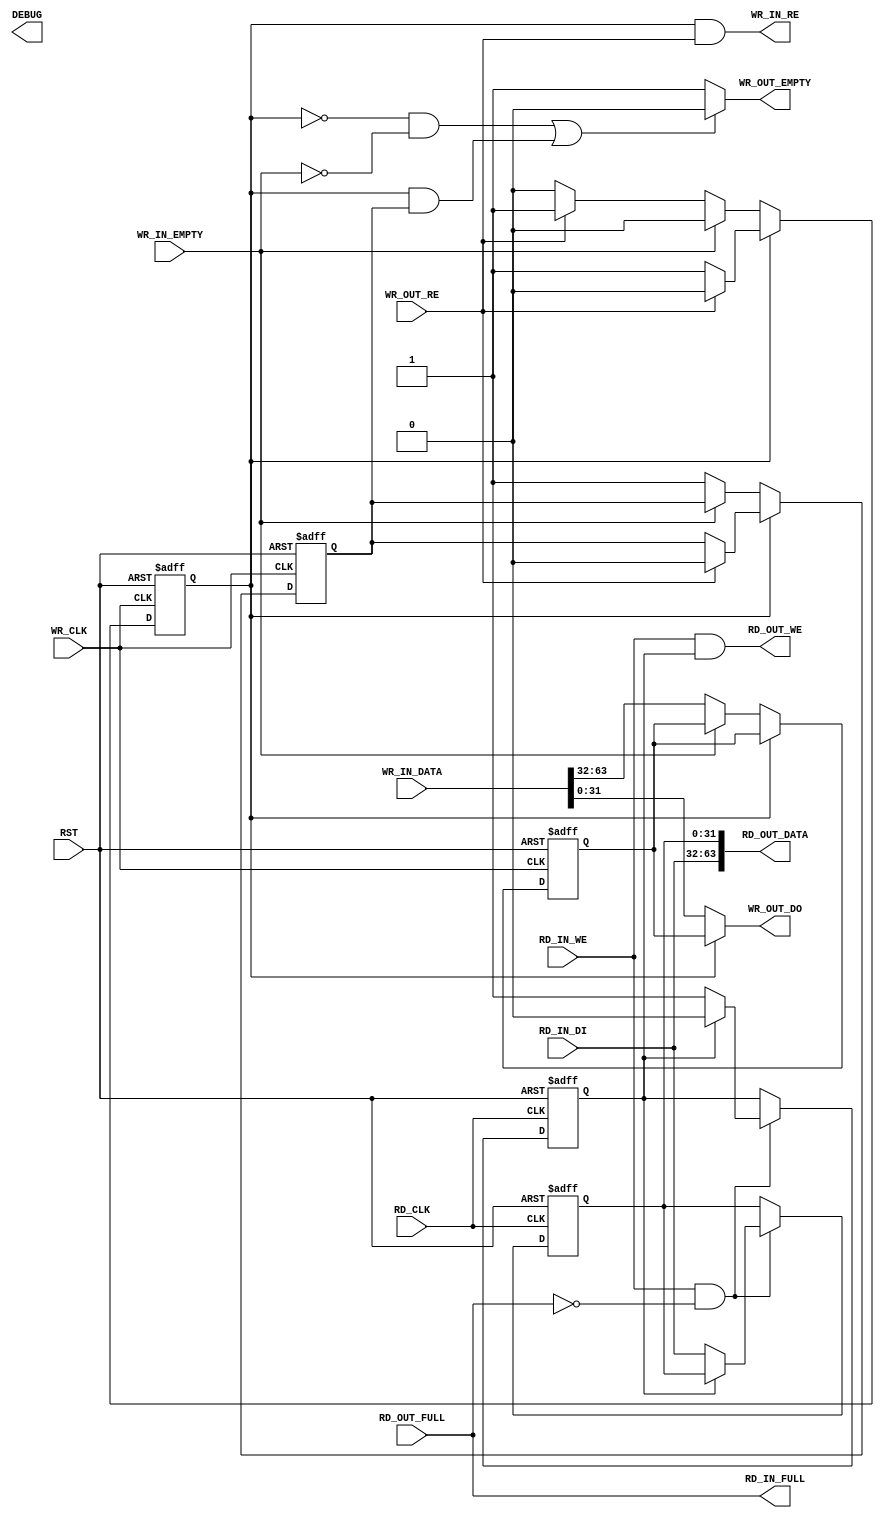
/*
 * Copyright (C)2014-2015 AQUAXIS TECHNOLOGY.
 *  Don't remove this header. 
 * When you use this source, there is a need to inherit this header.
 *
 * License
 *  For no commercial -
 *   License:     The Open Software License 3.0
 *   License URI: http://www.opensource.org/licenses/OSL-3.0
 *
 *  For commmercial -
 *   License:     AQUAXIS License 1.0
 *   License URI: http://www.aquaxis.com/licenses
 *
 * For further information please contact.
 *	URI:    http://www.aquaxis.com/
 */
module aq_fifo6432(
  input RST,

  input WR_CLK,
  input WR_IN_EMPTY,
  output WR_IN_RE,
  input [63:0] WR_IN_DATA,
  input WR_OUT_RE,
  output [31:0] WR_OUT_DO,
  output WR_OUT_EMPTY,
  
  input RD_CLK,
  input RD_OUT_FULL,
  output RD_OUT_WE,
  output [63:0] RD_OUT_DATA,
  input RD_IN_WE,
  input [31:0] RD_IN_DI,
  output RD_IN_FULL,

  output [31:0] DEBUG
);

reg [31:0] wr_buf;
reg wr_state, wr_ena;

// FIFO 64bit -> 32bit
always @(posedge WR_CLK or posedge RST) begin
  if(RST) begin
    wr_buf[31:0] <= 32'd0;
    wr_state <= 1'b0;
    wr_ena <= 1'b0;
  end else begin
    if(!wr_state) begin
      if(!WR_IN_EMPTY) begin
        wr_buf[31:0] <= WR_IN_DATA[63:32];
        wr_ena <= 1'b1;
        if(WR_OUT_RE) begin
          wr_state <= 1'b1;
        end
      end
    end else begin
      if(WR_OUT_RE) begin
        wr_state <= 1'b0;
        wr_ena <= 1'b0;
      end
    end
  end
end

assign WR_OUT_EMPTY = ((!wr_state & !WR_IN_EMPTY) | (wr_state & wr_ena))?1'b0:1'b1;
assign WR_OUT_DO[31:0] = (!wr_state)?WR_IN_DATA[31:0]:wr_buf[31:0];
assign WR_IN_RE = wr_state & WR_OUT_RE;

reg [31:0] rd_buf;
reg rd_ena;

// fifo 32bit -> 64bit
always @(posedge RD_CLK or posedge RST) begin
  if(RST) begin
    rd_buf[31:0] <= 32'd0;
    rd_ena <= 1'b0;
  end else begin
    if(RD_IN_WE & !RD_OUT_FULL) begin
      if(!rd_ena) begin
        rd_buf[31:0] <= RD_IN_DI[31:0];
        rd_ena <= 1'b1;
      end else begin
        rd_ena <= 1'b0;
      end
    end
  end
end

assign RD_OUT_DATA[63:0] = {RD_IN_DI[31:0], rd_buf[31:0]};
assign RD_OUT_WE = RD_IN_WE & rd_ena;
assign RD_IN_FULL = RD_OUT_FULL;

endmodule